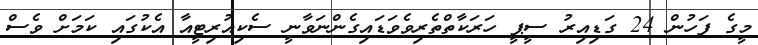
މީގެ ފަހުން 24 ގަޑިއިރު ސީޕީ ހަރަކާތްތެރިވެވަޑައިގެންނަވާނީ ސެކިއުރިޓީއާ އެކުގައި ކަމަށް ވެސް